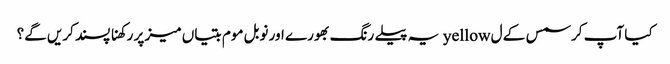
کیا آپ کرسمس کے ل yellow یہ پیلے رنگ بھورے اور نوبل موم بتیاں میز پر رکھنا پسند کریں گے؟